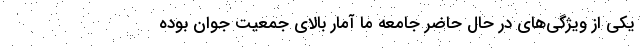
یکی از ویژگی‌های در حال حاضر جامعه‌ ما آمار بالای جمعیت جوان بوده